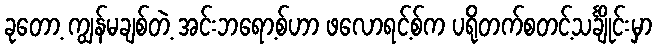
ခုတော့ ကျွန်မချစ်တဲ့ အင်းဘရော့စ်ဟာ ဖလောရင့်စ်က ပရိုတက်စတင့်သင်္ချိုင်းမှာ